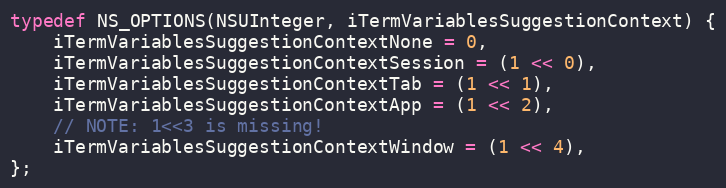
Language: C
typedef NS_OPTIONS(NSUInteger, iTermVariablesSuggestionContext) {
    iTermVariablesSuggestionContextNone = 0,
    iTermVariablesSuggestionContextSession = (1 << 0),
    iTermVariablesSuggestionContextTab = (1 << 1),
    iTermVariablesSuggestionContextApp = (1 << 2),
    // NOTE: 1<<3 is missing!
    iTermVariablesSuggestionContextWindow = (1 << 4),
};